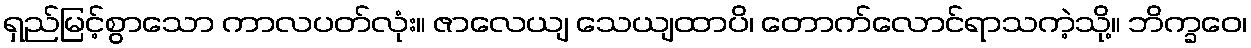
ရှည်မြင့်စွာသော ကာလပတ်လုံး။ ဇာလေယျ သေယျထာပိ၊ တောက်လောင်ရာသကဲ့သို့။ ဘိက္ခဝေ၊